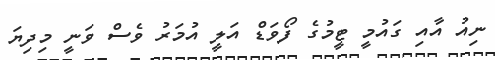
ނިއު އާއި ގައުމީ ޓީމުގެ ފޯވަޑް އަލީ އުމަރު ވެސް ވަނީ މިދިޔަ